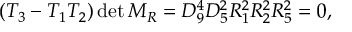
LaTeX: ( T _ { 3 } - T _ { 1 } T _ { 2 } ) \operatorname * { d e t } M _ { R } = D _ { 9 } ^ { 4 } D _ { 5 } ^ { 2 } R _ { 1 } ^ { 2 } R _ { 2 } ^ { 2 } R _ { 5 } ^ { 2 } = 0 ,